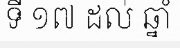
ទី ១៧ ដល់ ឆ្នាំ